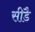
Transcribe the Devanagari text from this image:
सीडै